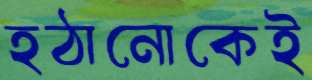
হঠানোকেই